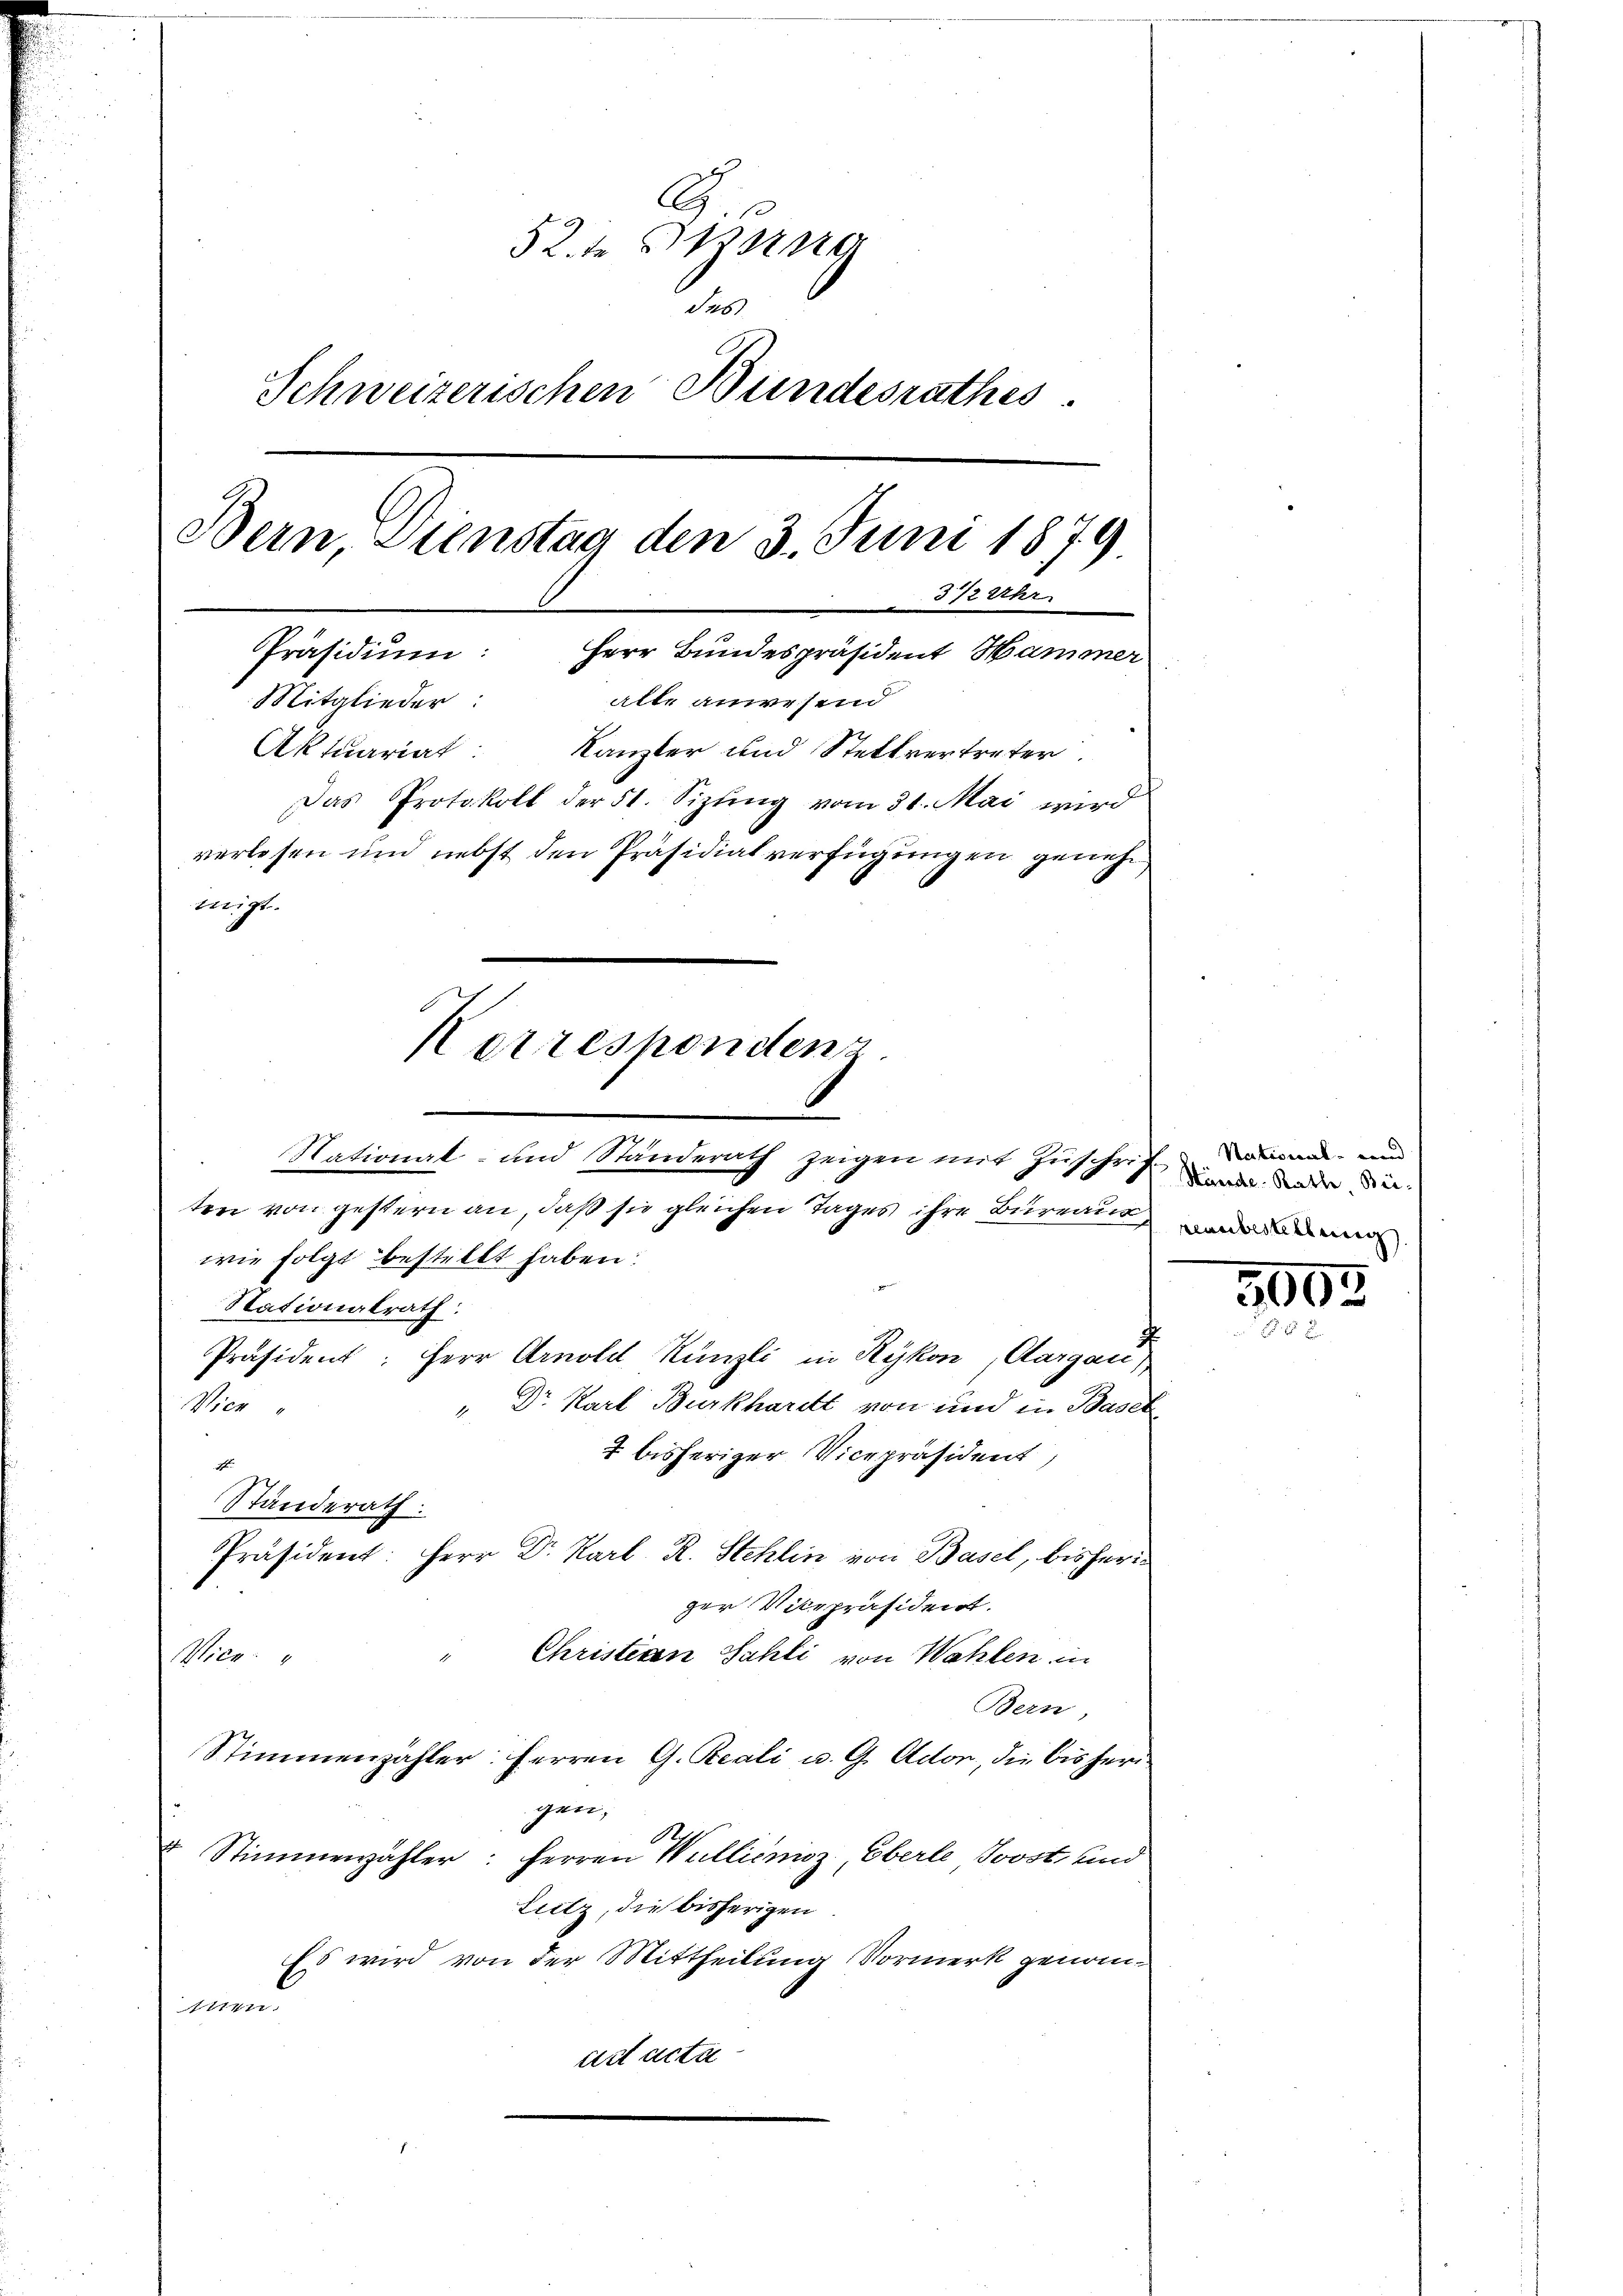
l
52 des Herre
des
Schweizerischen Bundesrathes.
Bern Dienstag den 3. Juni 1879
3 12 Uhr
Präsidium:
Herr Bundespräsident Hammer
alle anwesend
Mitglieder:
Aktuariat Kanzler und Stellvertreter.
Das Protokoll der 51. Sizling vom 31. Mai wird
verlesen und nebst den Präsidialverfügungen genehm
migt.
Kerresponden

National- und Ständerath zeigen mit Zŭschri
ten von gestern an, daß sie gleichen Tages ihre Bureaus
wie folgt bestellt haben:
Stationalrath:
Präsident: Herr Arnold Künzli in Rykon, Aargau,
Vice
" Dr. Karl Burkhardt von und in Baser
2 bisheriger Vicepräsident,
.
Standerath:
Präsident: Herr Dr. Karl. R. Stehlin von Basel, bisheriger Vicepräsident.
Christigen Sahli von Wahlen in
Wien.
Bern,
Stimmenzähler: Herren G. Reali u. G. Ador, die bisherigen.
 Stimmenzähler: Herren Willienisz Eberle Joost und
Lutz, die bisherigen
Es wird von der Mittheilung Vormerk genommen.
act acta

National- und
s
Stände Rathe, Bei¬
Reunbestellung

3003